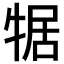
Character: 𮳼